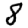
Digit: 8